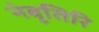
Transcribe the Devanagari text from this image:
नंबूतिरि